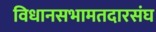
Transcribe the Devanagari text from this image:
विधानसभामतदारसंघ